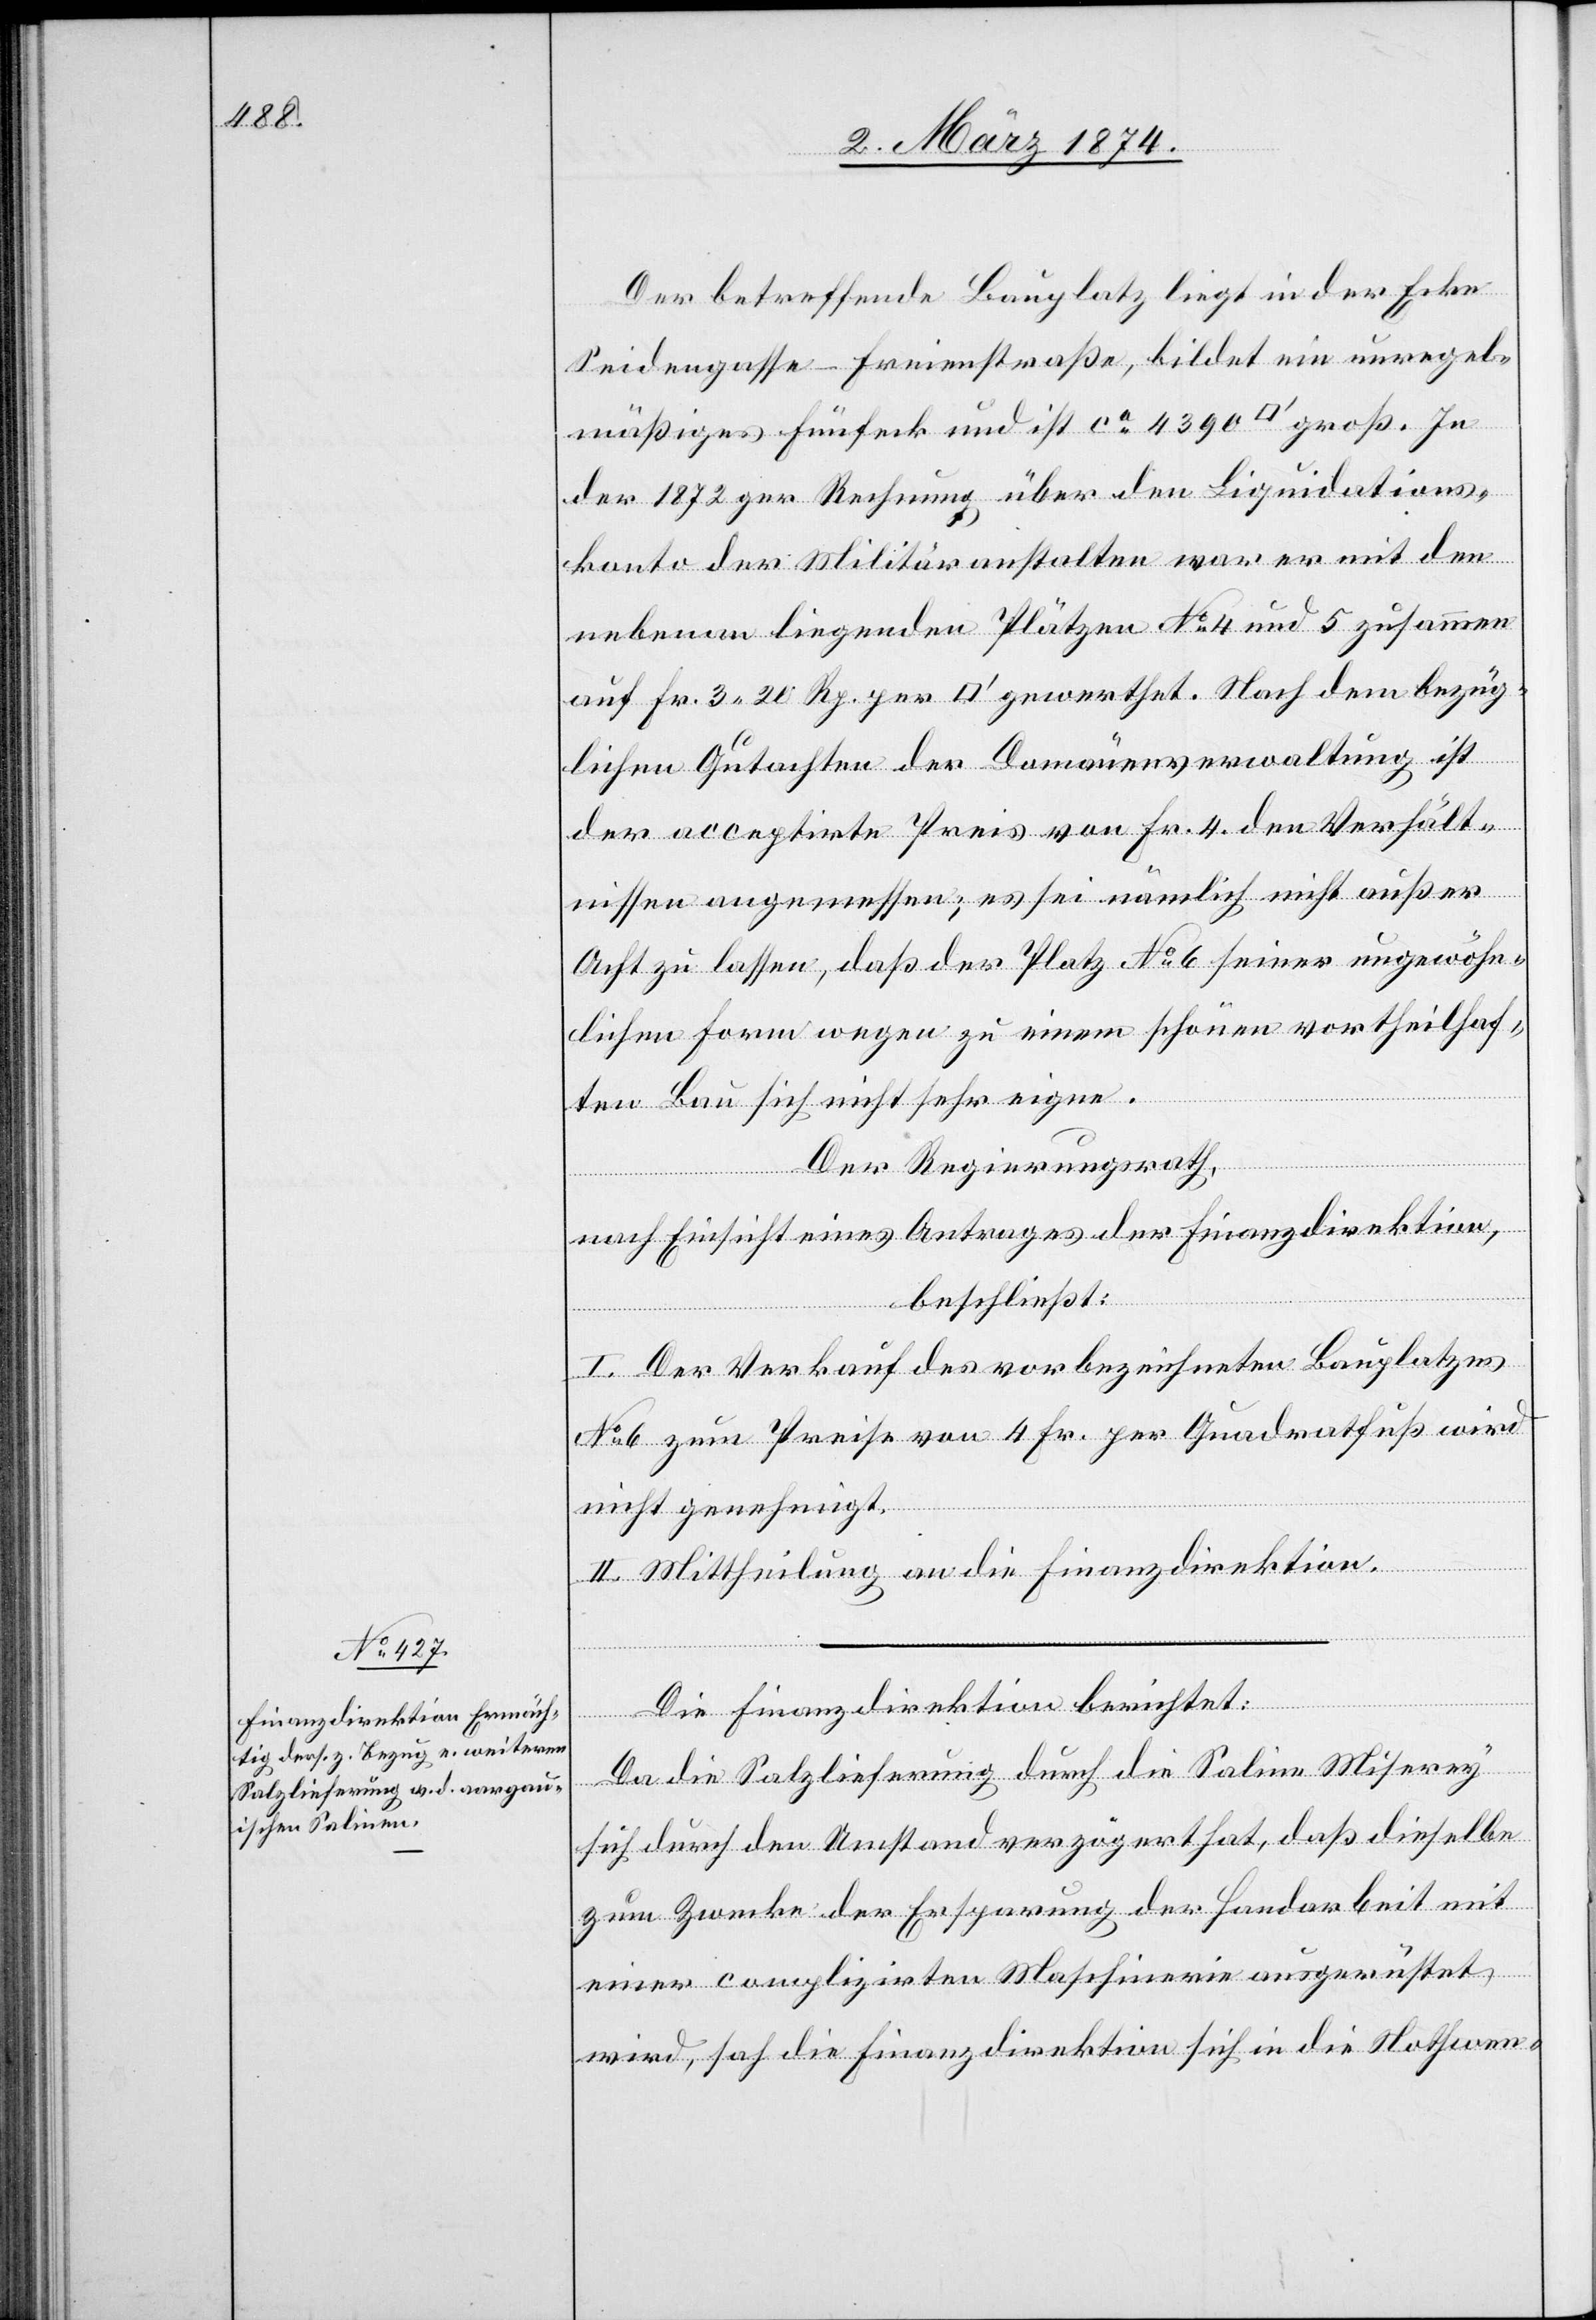
Der betreffende Bauplatz liegt in der Ecke
Seidengasse-Freienstraße, bildet ein unregel¬
mäßiges Fünfeck und ist ca 4390 [Quadratfuß] groß. In
der 1872 per Rechnung über den Liquidations¬
konto der Militäranstalten war er mit den
nebenan liegenden Plätzen No 4 und 5 zusammen
auf Fr. 3.20 Rp. per [Quadratfuß] gewerthet. Nach dem bezüg¬
lichen Gutachten der Domänenverwaltung ist
der acceptirte Preis von Fr. 4 den Verhält¬
nissen angemessen, es sei nämlich nicht außer
Acht zu lassen, daß der Platz No 6 seiner ungewöhn¬
lichen Form wegen zu einem schönen vortheilhaf¬
ten Bau sich nicht sehr eigne.
Der Regierungsrath
nach Einsicht eines Antrages der Finanzdirektion,
beschließt:
I. Der Verkauf des vorbezeichneten Bauplatzes
No 6 zum Preise von 4 Fr. per Quadratfuß wird
nicht genehmigt.
II. Mittheilung an die Finanzdirektion.
Die Finanzdirektion berichtet:
Da die Salzlieferung durch die Saline Miserey
sich durch den Umstand verzögert hat, daß dieselbe
zum Zwecke der Ersparung der Handarbeit mit
einer complizirten Maschinerie ausgerüstet
wird, sah die Finanzdirektion sich in die Nothwen-